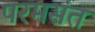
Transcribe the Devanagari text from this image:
परमसंत